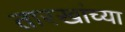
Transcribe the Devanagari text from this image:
तारखांच्या